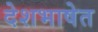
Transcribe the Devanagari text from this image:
देशभाषेत